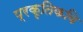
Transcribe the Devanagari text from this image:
प्रकृतिकवि